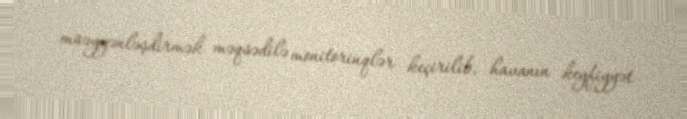
müəyyənləşdirmək məqsədilə monitorinqlər keçirilib, havanın keyfiyyət